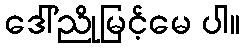
ဒေါ်ညိုမြင့်မေ ပါ။